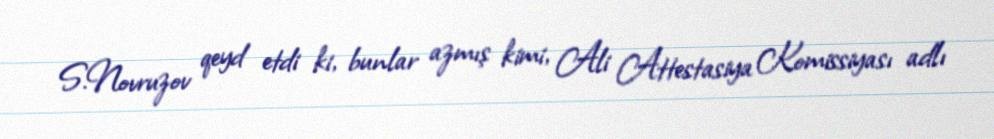
S.Novruzov qeyd etdi ki, bunlar azmış kimi, Ali Attestasiya Komissiyası adlı